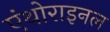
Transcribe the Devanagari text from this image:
एंथोराइनल